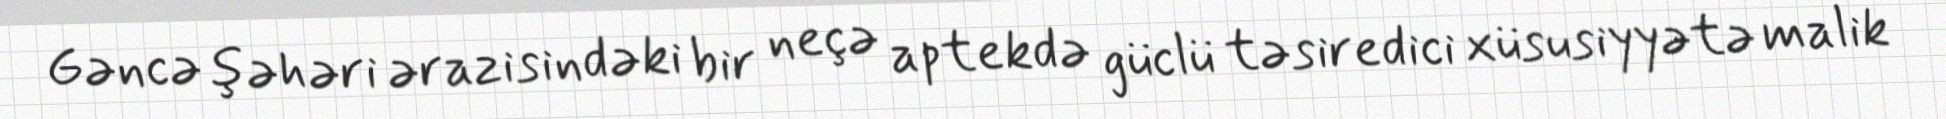
Gəncə şəhəri ərazisindəki bir neçə aptekdə güclü təsiredici xüsusiyyətə malik